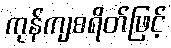
ကုန်ကျစရိတ်ဖြင့်